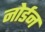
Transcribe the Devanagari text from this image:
नोर्डन